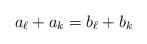
LaTeX: \begin{align*}a_{\ell} + a_k = b_{\ell} + b_k\end{align*}